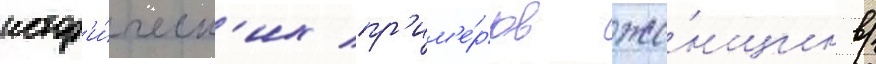
истор'и́ческ'их пр'им'е́ров же́нщин в